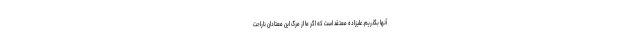
آنها بگذریم. علیزاده معتقد است که اگر ما از مرگ این معتادان ناراحت